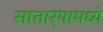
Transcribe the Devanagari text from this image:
सातार्‍यामध्ये